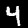
Digit: 4